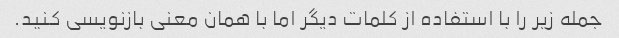
جمله زیر را با استفاده از کلمات دیگر اما با همان معنی بازنویسی کنید.